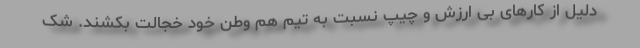
دلیل از کارهای بی ارزش و چیپ نسبت به تیم هم وطن خود خجالت بکشند. شک